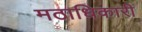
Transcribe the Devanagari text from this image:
मठाधिकारी